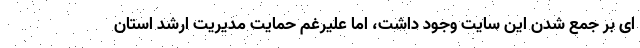
ای بر جمع شدن این سایت وجود داشت، اما علیرغم حمایت مدیریت ارشد استان